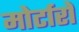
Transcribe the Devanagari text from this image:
मोर्टारों